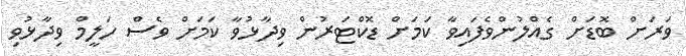
ވަރަށް ބޮޑަށް ގެއްލުންވެފައިވާ ކަމަށް ޑޮކްޓަރުން ވިދާޅުވާ ކަމަށް ވެސް ހަލީމް ވިދާޅުވި